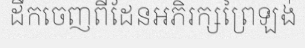
ដឹកចេញពីដែនអភិរក្សព្រៃឡង់